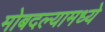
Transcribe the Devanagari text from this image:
मोबदल्यामध्ये